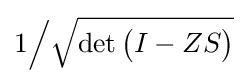
1{\Big /}{\sqrt {\det {\big (}I-ZS{\big )}}}{\Big .}